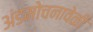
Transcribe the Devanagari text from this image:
अंडमोचनावेळी